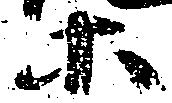
等